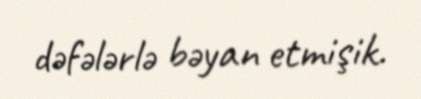
dəfələrlə bəyan etmişik.